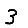
Digit: 3